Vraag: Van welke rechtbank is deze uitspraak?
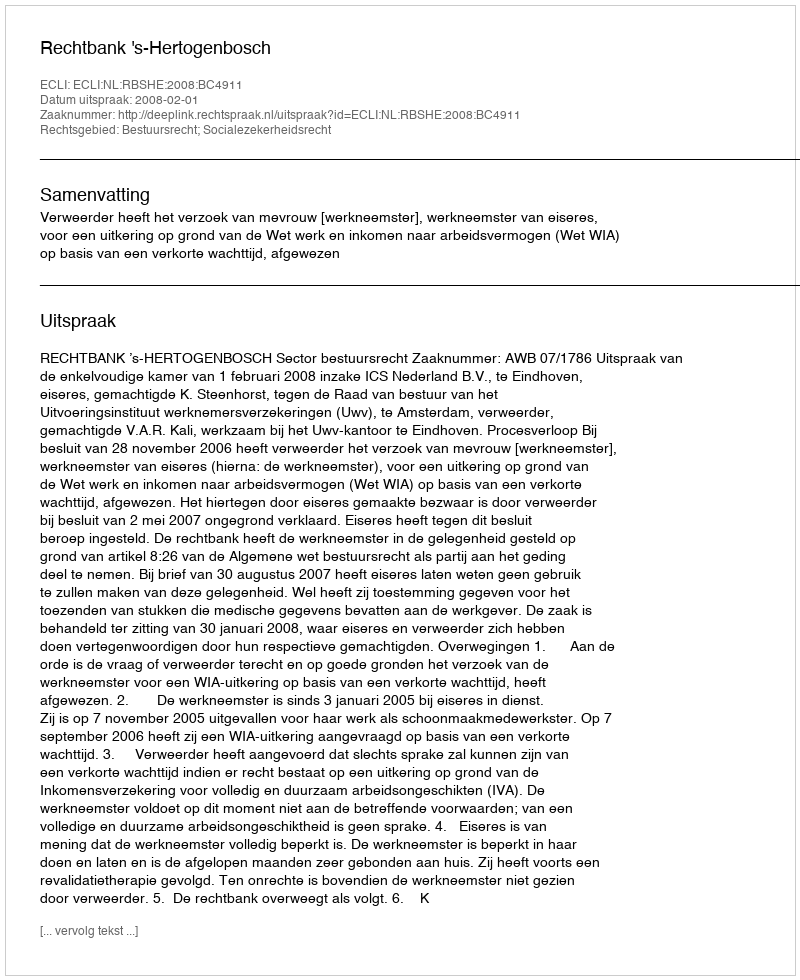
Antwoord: Rechtbank 's-Hertogenbosch